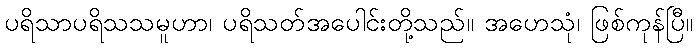
ပရိသာပရိသသမူဟာ၊ ပရိသတ်အပေါင်းတို့သည်။ အဟေသုံ၊ ဖြစ်ကုန်ပြီ။